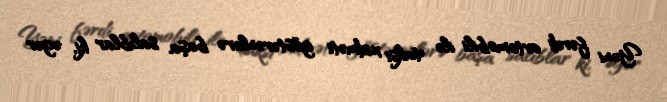
Yəni fərdi avtomobili ilə taksi xidməti göstərənlərə başa salıblar ki, əgər